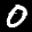
Label: 0